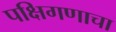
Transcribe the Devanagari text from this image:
पक्षिगणाचा